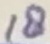
Text: 18